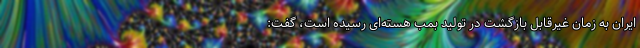
ایران به زمان غیرقابل بازگشت در تولید بمب هسته‌ای رسیده است، گفت: